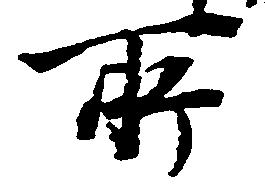
所